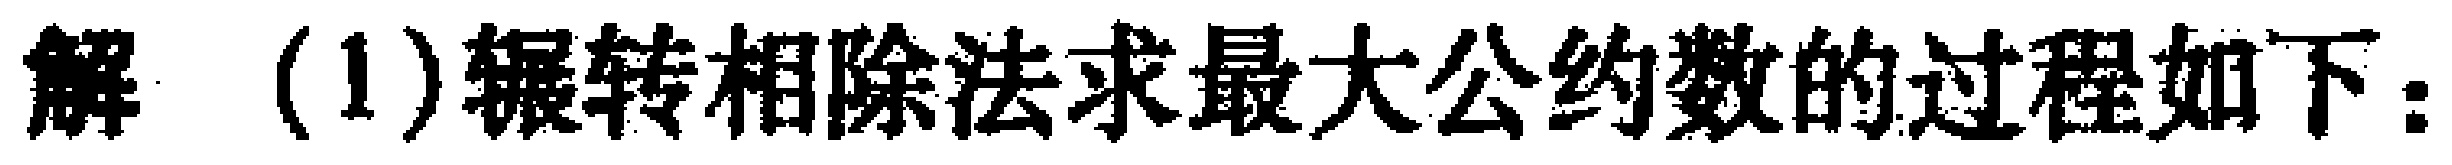
解 (1)辗转相除法求最大公约数的过程如下：